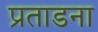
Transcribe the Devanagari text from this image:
प्रताडना